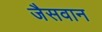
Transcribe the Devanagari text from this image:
जैसवान